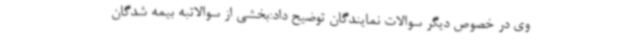
وی در خصوص دیگر سوالات نمایندگان توضیح داد:بخشی از سوالاتبه بیمه شدگان